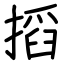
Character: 搯